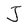
Character: J